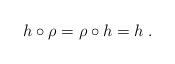
LaTeX: \begin{align*}h\circ\rho=\rho\circ h=h\;.\end{align*}